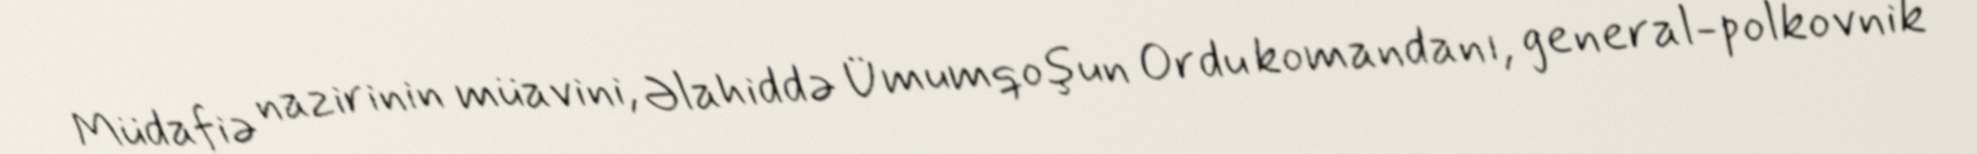
Müdafiə nazirinin müavini, Əlahiddə Ümumqoşun Ordu komandanı, general-polkovnik